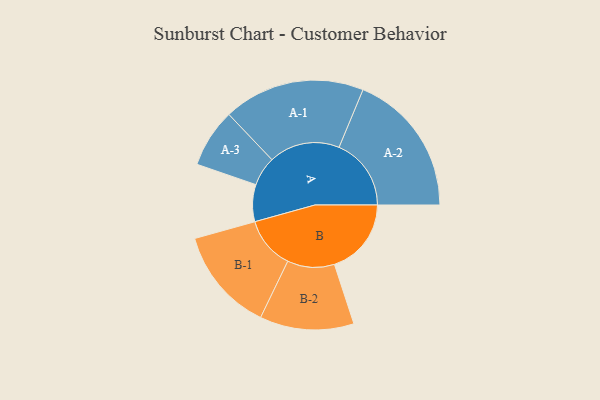
{"axis": {"x": "Segment", "y": "Value"}, "legend": ["", "A", "B"], "data": [{"x": "A", "y": 140, "type": ""}, {"x": "B", "y": 291, "type": ""}, {"x": "A-1", "y": 268, "type": "A"}, {"x": "A-2", "y": 273, "type": "A"}, {"x": "A-3", "y": 111, "type": "A"}, {"x": "B-1", "y": 197, "type": "B"}, {"x": "B-2", "y": 178, "type": "B"}]}